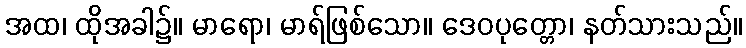
အထ၊ ထိုအခါ၌။ မာရော၊ မာရ်ဖြစ်သော။ ဒေဝပုတ္တော၊ နတ်သားသည်။